Medical and sanitary report of the native army of Madras for the year
Year: 1872
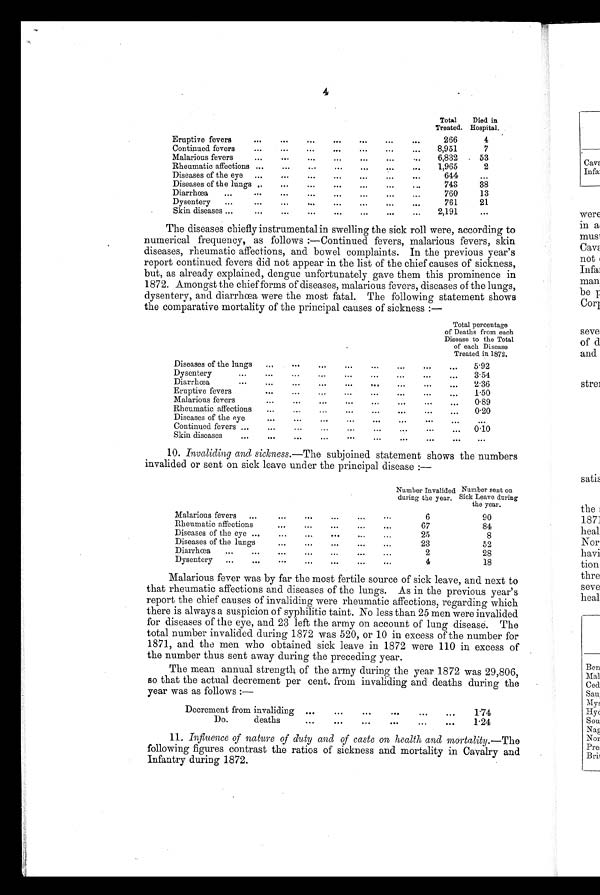
4
Total
Treated.
Died in
Hospital.
Eruptive fevers
...
...
...
...
...
... ...
266
4
Continued fevers
...
...
...
...
...
...
. . .
8,951
7
Malarious fevers
...
...
. . .
...
. . .
6,832
53
Rheumatic affections ...
...
...
...
...
...
. . .
1,965
2
Diseases of the eye ...
...
...
...
...
. . .
644
. . .
Diseases of the lungs
. . .
. . .
. . .
743
38
Diarrhoea
...
...
...
...
...
. . .
760
13
Dysentery
...
...
...
...
...
...
. . .
761
21
Skin diseases ...
...
...
...
...
. . .
2,191
. . .
The diseases chiefly instrumental in swelling the sick roll were, according to
numerical frequency, as follows :—Continued fevers, malarious fevers, skin
diseases, rheumatic affections, and bowel complaints. In the previous year's
report continued fevers did not appear in the list of the chief causes of sickness,
but, as already explained, dengue unfortunately gave them this prominence in
1872. Amongst the chief forms of diseases, malarious fevers, diseases of the lungs,
dysentery, and diarrhœa were the most fatal. The following statement shows
the comparative mortality of the principal causes of sickness :—
Total percentage
of Deaths from each
Disease to the Total
of each Disease
Treated in 1872.
Diseases of the lungs
..,
...
...
...
...
...
...
...
5.92
Dysentery
...
...
...
...
...
...
...
...
...
3.54
. . .
Diarrhœa
...
...
...
...
...
...
...
...
2.36
E ruptive fevers
...
...
...
...
...
...
...
...
1.50
. . .
Malarious fevers
...
...
...
..•
. . .
. . .
...
0.89
Rheumatic affections
...
...
...
...
...
...
...
0.20
Diseases of the eye
...
...
...
...
...
...
...
... ...
Continued fevers ...
...
...
...
...
... ...
...
0.10
Skin diseases
...
...
...
...
...
...
...
...
... ..
10. Invaliding and sickness .—The subjoined statement shows the numbers
invalided or sent on sick leave under the principal disease :—
Number Invalided
during the year.
Number sent on
Sick Leave during
the year.
Malarious fevers
...
...
...
...
. . .
6
90
Rheumatic affections...
...
...
...
. . .
6 7
8 4
Diseases of the eye ...
...
...
...
... ...
25
8
Diseases of the lungs
...
...
...
...
. . .
23
52
Diarrhœa
...
...
...
...
...
. . .
2
2 8
Dysentery
...
...
...
...
...
...
...
4
18
Malarious fever was by far the most fertile source of sick leave, and next to
that rheumatic affections and diseases of the lungs. As in the previous year's
report the chief causes of invaliding were rheumatic affections, regarding which
there is always a suspicion of syphilitic taint. No less than 25 men were invalided
for diseases of the eye, and 23 left the army on account of lung disease. The
total number invalided during 1872 was 520, or 10 in excess of the number for
1871, and the men who obtained sick leave in 1872 were 110 in excess of
the number thus sent away during the preceding year.
The mean annual strength of the army during the year 1872 was 29,806,
so that the actual decrement per cent. from invaliding and deaths during the
year was as follows :—
Decrement from invaliding ...
...
...
...
...
. . .
1.74
Do. deaths
...
...
...
...
...
. . .
1.24
11. Influence of nature of duty and of caste on health and mortality .—The
following figures contrast the ratios of sickness and mortality in Cavalry and
Infantry during 1872.